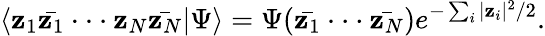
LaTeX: \langle\mathbf{z}_{1}\bar{{\mathbf{z}_{1}}}\cdot\cdot\cdot\mathbf{z}_{N}\bar{{\mathbf{z}_{N}}}|\Psi\rangle=\Psi(\bar{{\mathbf{z}_{1}}}\cdot\cdot\cdot\bar{{\mathbf{z}_{N}}})e^{-\sum_{i}|\mathbf{z}_{i}|^{2}/2}.